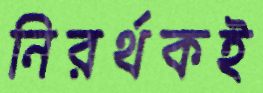
নিরর্থকই